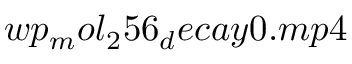
w p _ { m } o l _ { 2 } 5 6 _ { d } e c a y 0 . m p 4